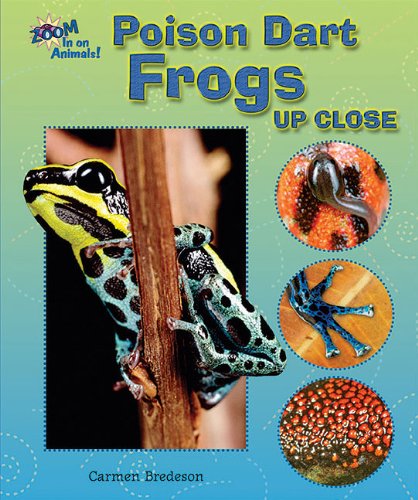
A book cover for Poison Dart Frogs Up Close (Zoom in on Animals!); Carmen Bredeson; Children's Books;